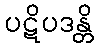
ပဋိပဒန္တိ